Lunatic asylums Punjab 1881-1894 - 1881-1894
Year: 1881
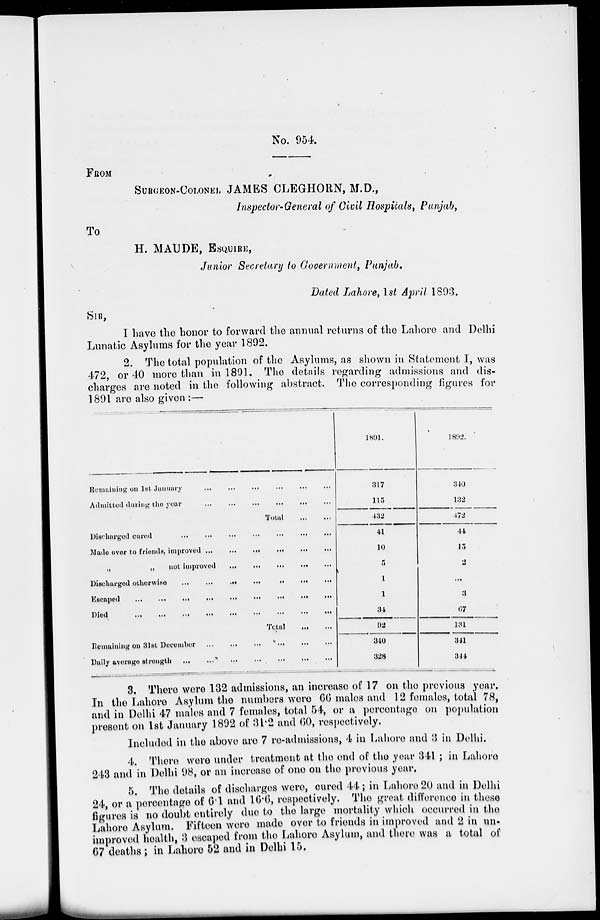
No. 954.
FROM
SURGEON-COLONEL JAMES CLEGHORN, M.D.,
Inspector-General of Civil Hospitals, Punjab,
To
H. MAUDE, ESQUIRE,
Junior Secretary to Government, Punjab.
Dated Lahore, 1st April 1893.
SIR,
I have the honor to forward the annual returns of the Lahore and Delhi
Lunatic Asylums for the year 1892.
2. The total population of the Asylums, as shown in Statement I, was
472, or 40 more than in 1891. The details regarding admissions and dis-
charges are noted in the following abstract. The corresponding figures for
1891 are also given :—
Remaining on 1st January
...
...
...
...
...
...
Admitted during the year
...
...
...
...
...
...
Total
...
...
Discharged cured
...
...
...
...
...
...
...
Made over to friends, improved
...
...
...
...
...
...
„ „ not improved
...
...
...
...
...
...
Discharged
otherwise
...
...
...
...
...
...
...
Escaped
...
...
...
...
...
...
...
...
...
Died
...
...
...
...
...
...
...
...
...
Total
...
...
Remaining on 31st December
...
...
...
...
...
...
Daily average strength
...
...
...
...
...
...
...
1891.
317
115
432
41
10
5
1
1
34
92
340
328
1892.
340
132
472
44
15
2
...
3
67
131
341
344
3. There were 132 admissions, an increase of 17 on the previous year.
In the Lahore Asylum the numbers were 66 males and 12 females, total 78,
and in Delhi 47 males and 7 females, total 54, or a percentage on population
present on 1st January 1892 of 31.2 and 60, respectively.
Included in the above are 7 re-admissions, 4 in Lahore and 3 in Delhi.
4. There were under treatment at the end of the year 341 ; in Lahore
243 and in Delhi 98, or an increase of one on the previous year.
5. The details of discharges were, cured 44; in Lahore 20 and in Delhi
24, or a percentage of 6.1 and 16.6, respectively. The great difference in these
figures is no doubt entirely due to the large mortality which occurred in the
Lahore Asylum. Fifteen were made over to friends in improved and 2 in un-
improved health, 3 escaped from the Lahore Asylum, and there was a total of
67 deaths ; in Lahore 52 and in Delhi 15.